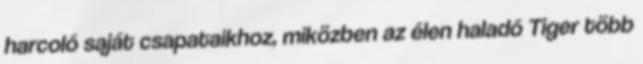
harcoló saját csapataikhoz, miközben az élen haladó Tiger több